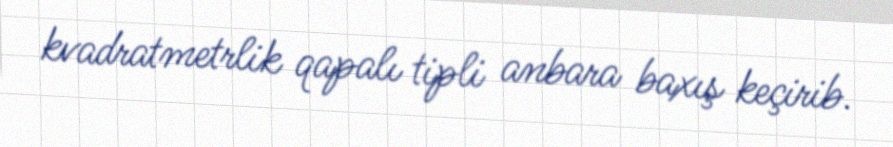
kvadratmetrlik qapalı tipli anbara baxış keçirib.